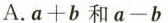
A.$$a+b$$ 和$$a-b$$